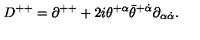
D ^ { + + } = \partial ^ { + + } + 2 i \theta ^ { + \alpha } \bar { \theta } ^ { + \dot { \alpha } } \partial _ { \alpha \dot { \alpha } } .